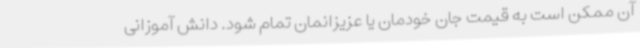
آن ممکن است به قیمت جان خودمان یا عزیزانمان تمام شود. دانش آموزانی